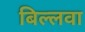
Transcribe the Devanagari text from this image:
बिल्लवा